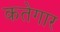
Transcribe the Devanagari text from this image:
कतेगार